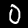
Digit: 0